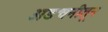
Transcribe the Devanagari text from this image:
अडचनीतून